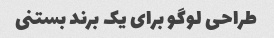
طراحی لوگو برای یک برند بستنی